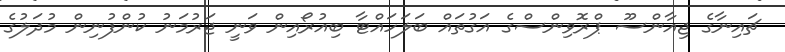
ޗައިނާގެ ޖިއާންސޫ ޕްރޮވިންސްގެ އަގުތައް ބަލަހައްޓާ ބިއުރޯއިން ވަނީ ޖަރުމަނު ކުންފުނިން މުދަލުގެ